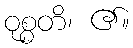
ဝုစ္စတိ၊ ၏။